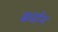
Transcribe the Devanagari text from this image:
बर्धान